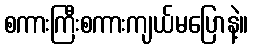
စကားကြီးစကားကျယ်မပြောနဲ့။